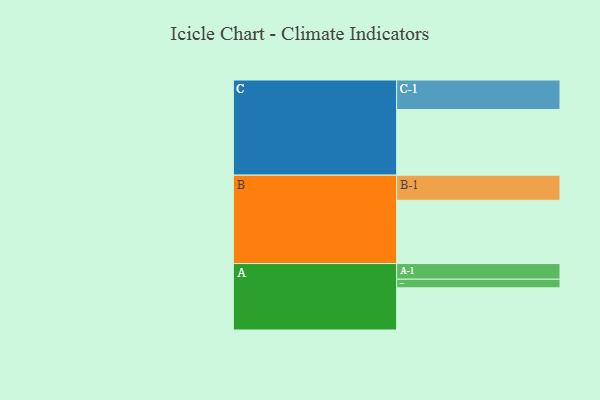
{"axis": {"x": "Segment", "y": "Value"}, "legend": ["", "A", "B", "C"], "data": [{"x": "A", "y": 342, "type": ""}, {"x": "B", "y": 513, "type": ""}, {"x": "C", "y": 533, "type": ""}, {"x": "A-1", "y": 127, "type": "A"}, {"x": "A-2", "y": 70, "type": "A"}, {"x": "B-1", "y": 204, "type": "B"}, {"x": "C-1", "y": 239, "type": "C"}]}